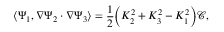
\big \langle \Psi _ { 1 } , \nabla \Psi _ { 2 } \cdot \nabla \Psi _ { 3 } \big \rangle = \frac { 1 } { 2 } \Big ( K _ { 2 } ^ { 2 } + K _ { 3 } ^ { 2 } - K _ { 1 } ^ { 2 } \Big ) \mathscr { C } ,